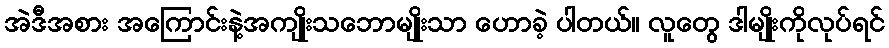
အဲဒီအစား အကြောင်းနဲ့အကျိုးသဘောမျိုးသာ ဟောခဲ့ ပါတယ်။ လူတွေ ဒါမျိုးကိုလုပ်ရင်